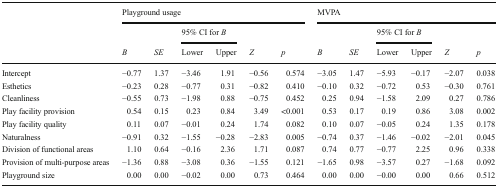
| <ROWSPAN=3>  | <COLSPAN=6> Playground usage | <COLSPAN=6> MVPA |
 |  |  | <COLSPAN=2> 95% CI for B |  |  |  |  | <COLSPAN=2> 95% CI for B |  |  |
 | B | SE | Lower | Upper | Z | p | B | SE | Lower | Upper | Z | p |
 | --- | --- | --- | --- | --- | --- | --- | --- | --- | --- | --- | --- | --- |
 | Intercept | −0.77 | 1.37 | −3.46 | 1.91 | −0.56 | 0.574 | −3.05 | 1.47 | −5.93 | −0.17 | −2.07 | 0.038 |
 | Esthetics | −0.23 | 0.28 | −0.77 | 0.31 | −0.82 | 0.410 | −0.10 | 0.32 | −0.72 | 0.53 | −0.30 | 0.761 |
 | Cleanliness | −0.55 | 0.73 | −1.98 | 0.88 | −0.75 | 0.452 | 0.25 | 0.94 | −1.58 | 2.09 | 0.27 | 0.786 |
 | Play facility provision | 0.54 | 0.15 | 0.23 | 0.84 | 3.49 | <0.001 | 0.53 | 0.17 | 0.19 | 0.86 | 3.08 | 0.002 |
 | Play facility quality | 0.11 | 0.07 | −0.01 | 0.24 | 1.74 | 0.082 | 0.10 | 0.07 | −0.05 | 0.24 | 1.35 | 0.178 |
 | Naturalness | −0.91 | 0.32 | −1.55 | −0.28 | −2.83 | 0.005 | −0.74 | 0.37 | −1.46 | −0.02 | −2.01 | 0.045 |
 | Division of functional areas | 1.10 | 0.64 | −0.16 | 2.36 | 1.71 | 0.087 | 0.74 | 0.77 | −0.77 | 2.25 | 0.96 | 0.338 |
 | Provision of multi-purpose areas | −1.36 | 0.88 | −3.08 | 0.36 | −1.55 | 0.121 | −1.65 | 0.98 | −3.57 | 0.27 | −1.68 | 0.092 |
 | Playground size | 0.00 | 0.00 | −0.02 | 0.00 | 0.73 | 0.464 | 0.00 | 0.00 | −0.00 | 0.00 | 0.66 | 0.512 |